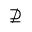
\nsupseteq